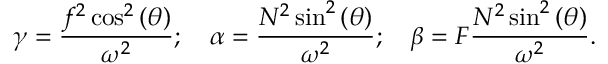
\gamma = \frac { f ^ { 2 } \cos ^ { 2 } { ( \theta ) } } { \omega ^ { 2 } } ; \quad \alpha = \frac { N ^ { 2 } \sin ^ { 2 } { ( \theta ) } } { \omega ^ { 2 } } ; \quad \beta = F \frac { N ^ { 2 } \sin ^ { 2 } { ( \theta ) } } { \omega ^ { 2 } } .